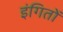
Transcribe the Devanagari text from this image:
इंगितों